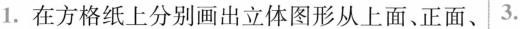
1. 在方格纸上分别画出立体图形从上面、正面、3.